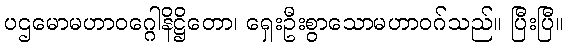
ပဌမောမဟာဝဂ္ဂေါနိဋ္ဌိတော၊ ရှေးဦးစွာသောမဟာဝဂ်သည်။ ပြီးပြီ။